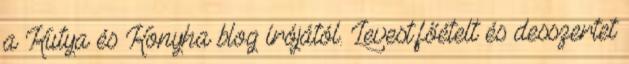
a Kutya és Konyha blog írójától. Levest,főételt és desszertet